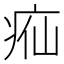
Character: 𬏣